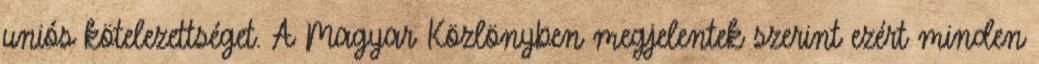
uniós kötelezettséget. A Magyar Közlönyben megjelentek szerint ezért minden